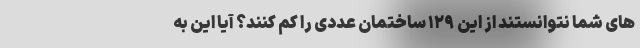
های شما نتوانستند از این ۱۲۹ ساختمان عددی را کم کنند؟ آیا این به